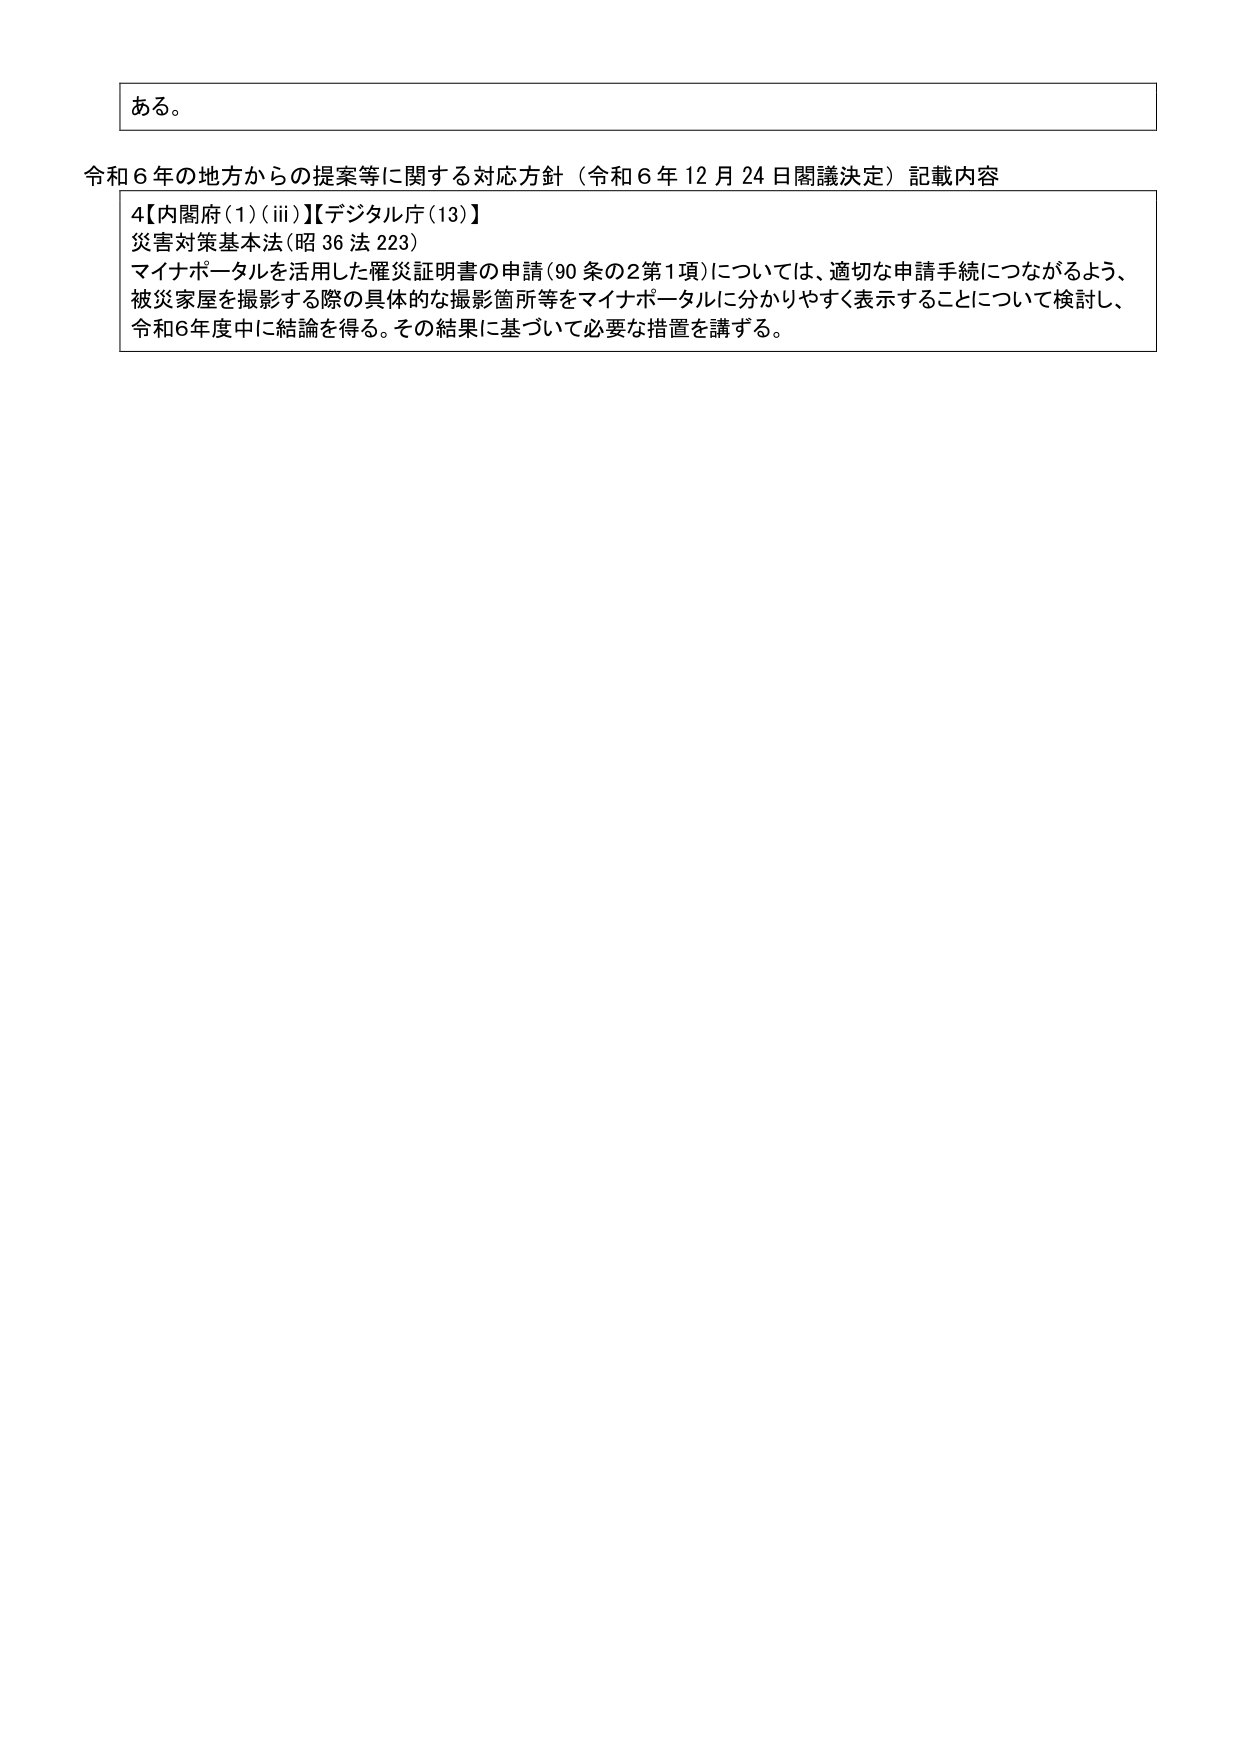
ある。

令和６年の地方からの提案等に関する対応方針（令和６年12月24日閣議決定）記載内容

4【内閣府(1)(iii)】【デジタル庁(13)】
災害対策基本法(昭36法223)
マイナポータルを活用した罹災証明書の申請(90条の2第1項)については、適切な申請手続につながるよう、
被災家屋を撮影する際の具体的な撮影箇所等をマイナポータルに分かりやすく表示することについて検討し、
令和6年度中に結論を得る。その結果に基づいて必要な措置を講ずる。